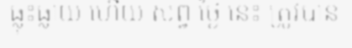
ធ្លុះធ្លាយ ហើយ សព្វ ថ្ងៃ នេះ ត្រូវបាន